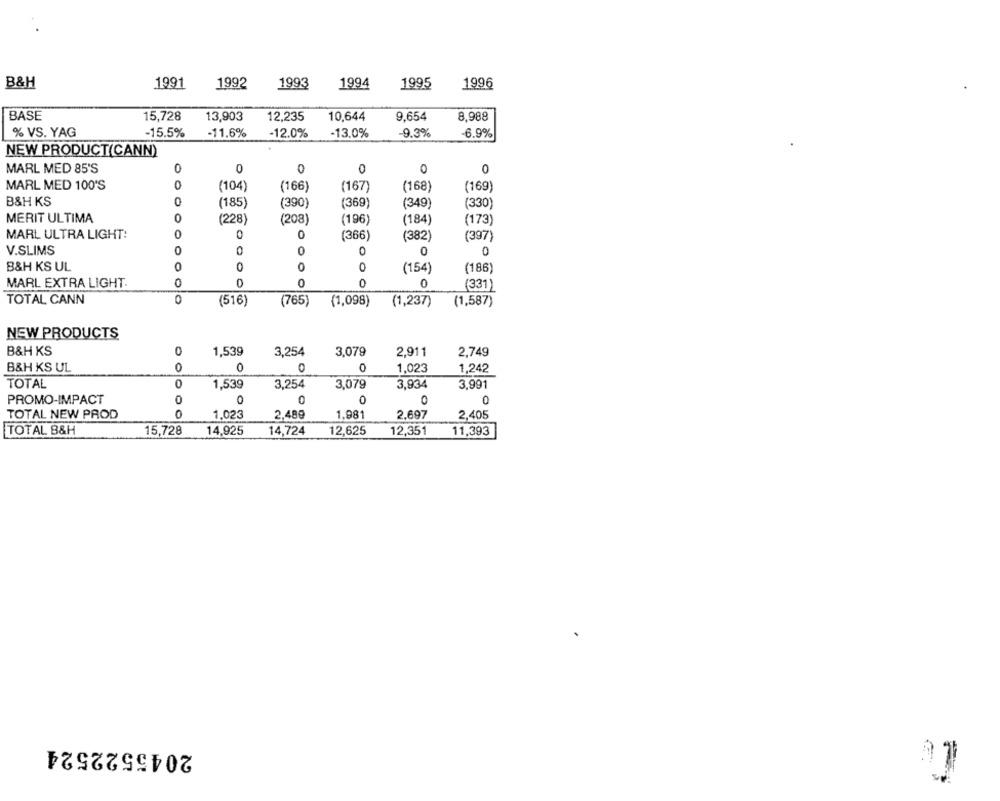
B&H
1991
1992
1993
1994
1995
1996
BASE
15,728
13,903
12,235
10,644
9,654
8,988
% VS. YAG
-15.5%
-11.6%
-12.0%
-13.0%
9.3%
-6.9%
NEW PRODUCT(CANN)
MARL MED 85'S
0
0
0
0
0
0
MARL MED 100'S
(104)
(166)
(167)
(168)
(169)
B&H KS
0
(185)
(390)
(369
(349)
(330)
MERIT ULTIMA
0
(228)
(208)
(196)
(184)
(173)
MARL ULTRA LIGHT:
0
0
(366)
(382)
(397)
V.SLIMS
0
0
B&H KS UL
0
O
(154)
(186)
MARL EXTRA LIGHT.
0
0
0
0
(331)
TOTAL CANN
0
(516)
(765)
(1,098)
(1,237)
(1,587)
NEW PRODUCTS
B&H KS
0
1,539
3,254
3,079
2,911
2,749
B&H KS UL
0
0
0
1,023
1,242
TOTAL
0
1,539
3,254
3,079
3,934
3.991
PROMO-IMPACT
0
0
0
0
0
TOTAL NEW PROD
0
1,023
2,489
1,981
2,697
2,405
TOTAL B&H
15,728
14,925
14,724
12,625
12,351
11,393
2045522524